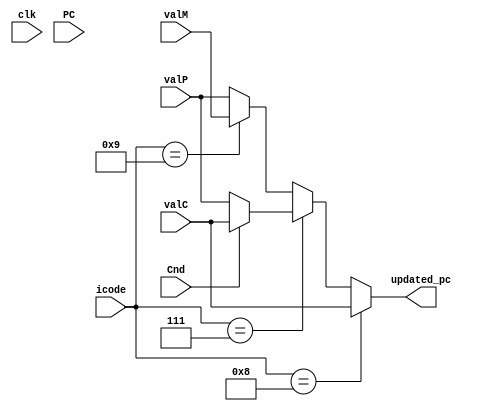
module pc_update(clk,icode,PC,valC,Cnd,valM,valP,updated_pc); 
input clk;
input [3:0] icode;
input [63:0] valC,valP,valM;
input [63:0]PC;
input Cnd;

output reg [63:0] updated_pc;


always @(*) begin 
if(icode == 4'h8) begin
updated_pc = valC;
end


else if(icode == 4'h7) begin
    if(Cnd ==1) begin
    updated_pc = valC;

    end
    else begin
    updated_pc = valP;
   
    end
end 

else if(icode == 4'h9) begin
updated_pc = valM;

end
else begin
updated_pc = valP;

end

end

endmodule